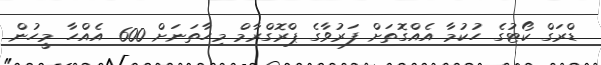
ޑްރަގް ކޯޓުގެ ހުކުމާ އެއްގޮތަށް ފަރުވާގެ ޕްރޮގްރާމް މިހާތަނަށް 600 އެއްހާ މީހުން